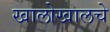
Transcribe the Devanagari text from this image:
खालोखालचे